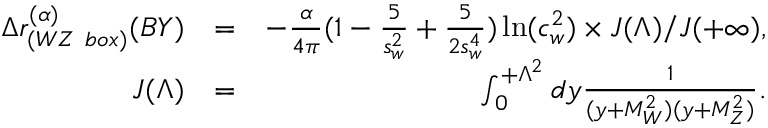
\begin{array} { r l r } { \Delta r _ { ( W Z \ b o x ) } ^ { ( \alpha ) } ( B Y ) } & { = } & { - \frac { \alpha } { 4 \pi } ( 1 - \frac { 5 } { s _ { w } ^ { 2 } } + \frac { 5 } { 2 s _ { w } ^ { 4 } } ) \ln ( c _ { w } ^ { 2 } ) \times J ( \Lambda ) / J ( + \infty ) , } \\ { J ( \Lambda ) } & { = } & { \int _ { 0 } ^ { + \Lambda ^ { 2 } } d y \frac { 1 } { ( y + M _ { W } ^ { 2 } ) ( y + M _ { Z } ^ { 2 } ) } . } \end{array}